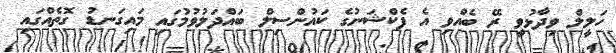
ހަލީލް ވިދާޅުވީ ރޭ ބެއްވި އެ ފެކްޝަނުގެ ކައުންސިލް ބައްދަލުވުމުގައި މައިގަނޑު ގޮތެއްގައި